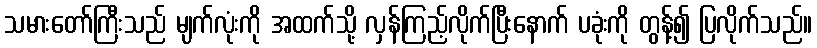
သမားတော်ကြီးသည် မျက်လုံးကို အထက်သို့ လှန်ကြည့်လိုက်ပြီးနောက် ပခုံးကို တွန့်၍ ပြလိုက်သည်။